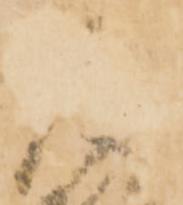
庫